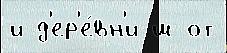
и д'ер'е́вн'и ш от